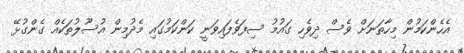
އެހެންކަމުން މިހާތަނަށް ވެސް ދިވެހި ގައުމު ސިފަވެފައިވަނީ ކަންކަމުގައި މެދުމިން އުސޫލުތަކެއް ގެންގުޅޭ